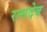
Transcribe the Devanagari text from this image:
रत्नदेव